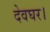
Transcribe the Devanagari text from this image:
देवघर।